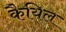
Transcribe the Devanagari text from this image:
कैयिल